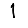
Digit: 1